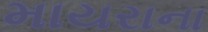
માયરાના